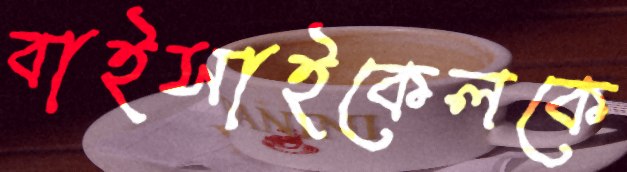
বাইসাইকেলকে